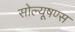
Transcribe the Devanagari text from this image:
सोल्यूषण्स